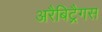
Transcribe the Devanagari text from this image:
अरैबिट्रैगस